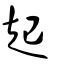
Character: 起